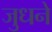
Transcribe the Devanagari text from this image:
जुधने